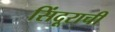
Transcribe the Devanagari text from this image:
सिंदूराची